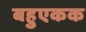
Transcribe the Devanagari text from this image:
बहुएकक